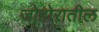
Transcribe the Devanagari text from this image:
जोहोरातील